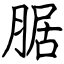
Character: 腒